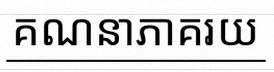
គណនាភាគរយ